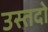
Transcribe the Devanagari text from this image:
उस्तदो